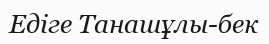
Едіге Танашұлы-бек